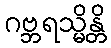
ဂဗ္ဘရသ္မိန္တိ